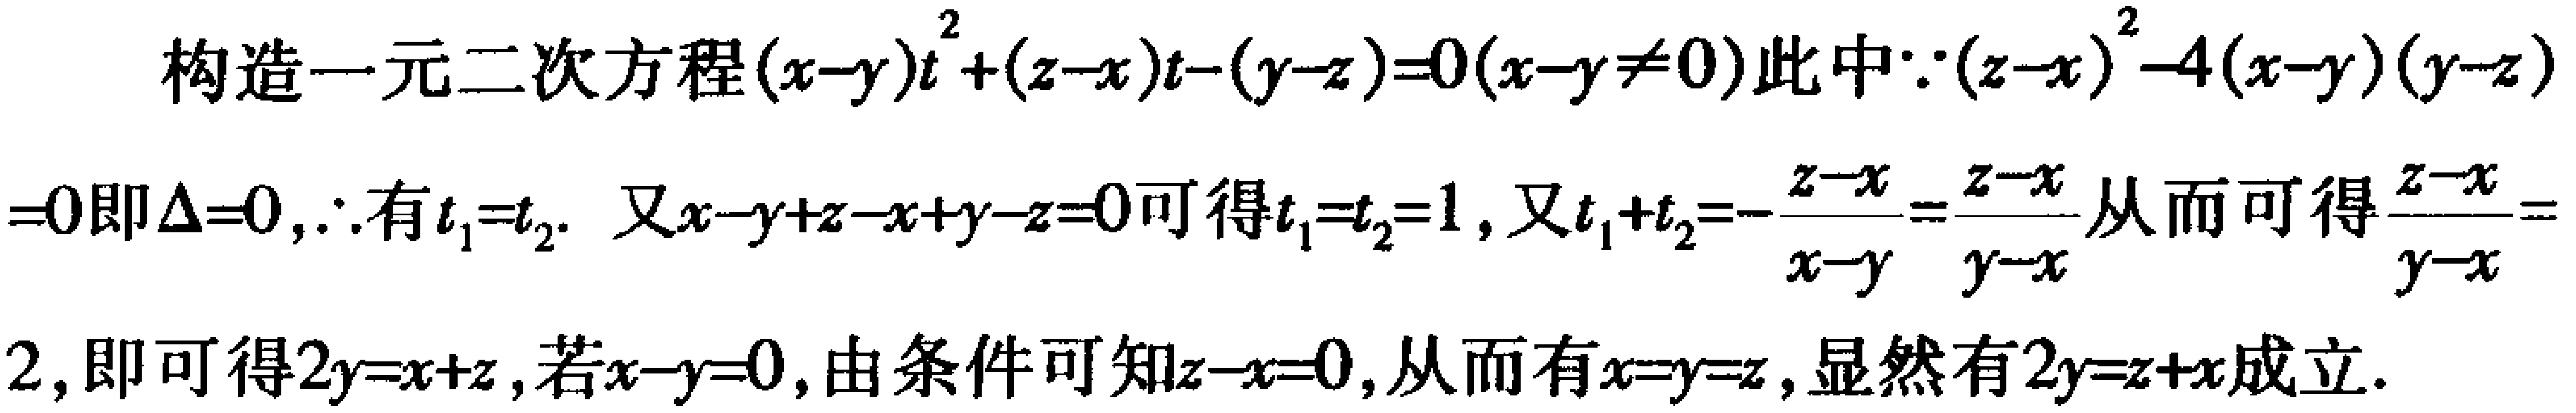
构造一元二次方程\((x - y)t^{2}+(z - x)t-(y - z)=0(x - y\neq0)\)此中\(\because(z - x)^{2}-4(x - y)(y - z)\)
\(=0\)即\(\Delta = 0,\therefore\)有\(t_{1}=t_{2}\). 又\(x - y+z - x+y - z = 0\)可得\(t_{1}=t_{2}=1\), 又\(t_{1}+t_{2}=-\frac{z - x}{x - y}=\frac{z - x}{y - x}\)从而可得\(\frac{z - x}{y - x}=\)
\(2\), 即可得\(2y=x + z\), 若\(x - y = 0\), 由条件可知\(z - x = 0\), 从而有\(x=y=z\), 显然有\(2y=z + x\)成立.